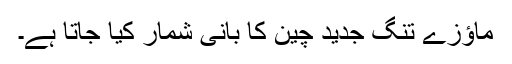
ماؤزے تنگ جدید چین کا بانی شمار کیا جاتا ہے۔